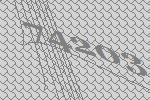
74203